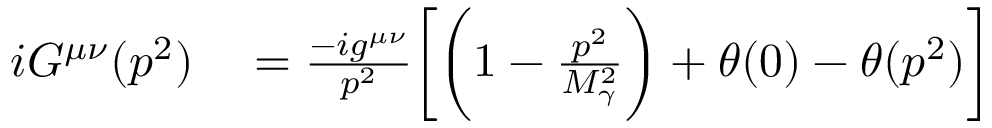
\begin{array} { r l } { i G ^ { \mu \nu } ( p ^ { 2 } ) } & { { } = \frac { - i g ^ { \mu \nu } } { p ^ { 2 } } \biggl [ \biggl ( 1 - \frac { p ^ { 2 } } { M _ { \gamma } ^ { 2 } } \biggr ) + \theta ( 0 ) - \theta ( p ^ { 2 } ) \biggr ] } \end{array}